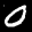
Label: 0